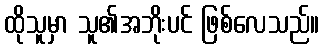
ထိုသူမှာ သူ၏အဘိုးပင် ဖြစ်လေသည်။